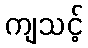
ကျသင့်